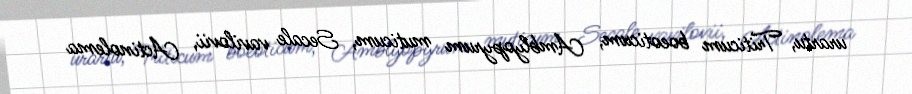
urartu, Triticum boeoticum, Amblyopyrum muticum, Secale vavilovii, Actinolema